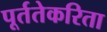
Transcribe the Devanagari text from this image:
पूर्ततेकरिता